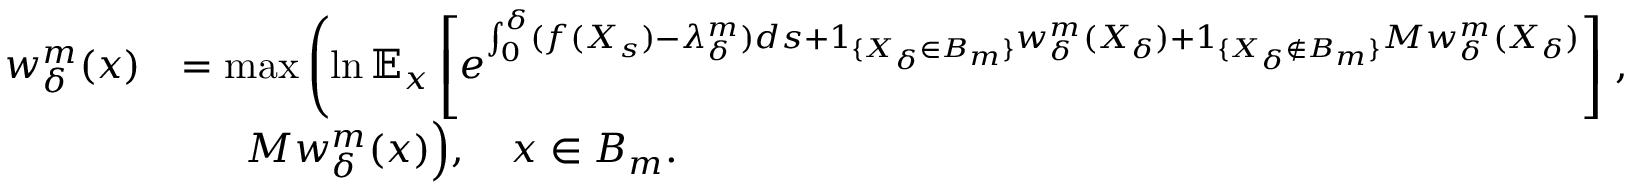
\begin{array} { r l } { w _ { \delta } ^ { m } ( x ) } & { = \operatorname* { m a x } \left( \ln \mathbb { E } _ { x } \left[ e ^ { \int _ { 0 } ^ { \delta } ( f ( X _ { s } ) - \lambda _ { \delta } ^ { m } ) d s + 1 _ { \{ X _ { \delta } \in B _ { m } \} } w _ { \delta } ^ { m } ( X _ { \delta } ) + 1 _ { \{ X _ { \delta } \notin B _ { m } \} } M w _ { \delta } ^ { m } ( X _ { \delta } ) } \right] \right. , } \\ & { \phantom { = = } M w _ { \delta } ^ { m } ( x ) \Big ) , \quad x \in B _ { m } . } \end{array}